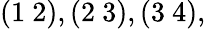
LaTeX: (1~2),(2~3),(3~4),